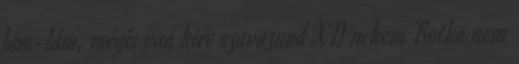
lám-lám, mégis van kire szavaznod XD nekem Botka nem